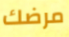
مرضك